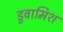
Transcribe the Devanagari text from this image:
डुवामिश